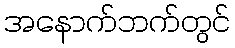
အနောက်ဘက်တွင်